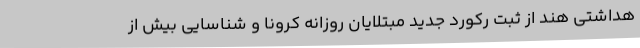
هداشتی هند از ثبت رکورد جدید مبتلایان روزانه کرونا و شناسایی بیش از